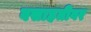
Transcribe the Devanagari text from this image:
वसाहतीवर